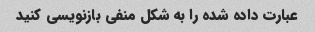
عبارت داده شده را به شکل منفی بازنویسی کنید